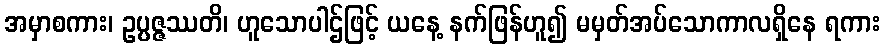
အမှာစကား၊ ဥပ္ပဇ္ဇဿတိ၊ ဟူသောပါဌ်ဖြင့် ယနေ့ နက်ဖြန်ဟူ၍ မမှတ်အပ်သောကာလရှိနေ ရကား